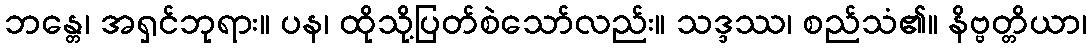
ဘန္တေ၊ အရှင်ဘုရား။ ပန၊ ထိုသို့ပြတ်စဲသော်လည်း။ သဒ္ဒဿ၊ စည်သံ၏။ နိဗ္ဗတ္တိယာ၊